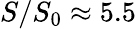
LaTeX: S/S_{0}\approx 5.5